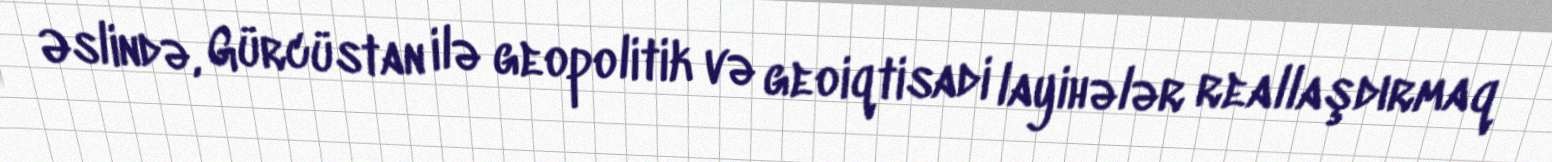
Əslində, Gürcüstan ilə geopolitik və geoiqtisadi layihələr reallaşdırmaq